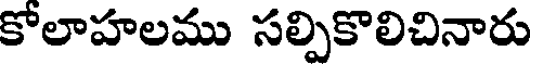
కోలాహలము సల్పికొలిచినారు